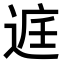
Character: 𮞔